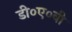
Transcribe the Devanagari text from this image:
डी०ए०वी